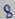
Text: 8